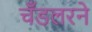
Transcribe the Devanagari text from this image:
चँडलरने